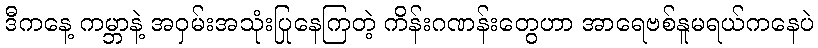
ဒီကနေ့ ကမ္ဘာနဲ့ အဝှမ်းအသုံးပြုနေကြတဲ့ ကိန်းဂဏန်းတွေဟာ အာရေဗစ်နူမရယ်ကနေပဲ